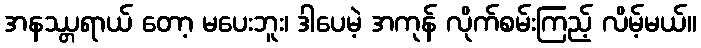
အနဿ္တရာယ် တော့ မပေးဘူး၊ ဒါပေမဲ့ အကုန် လိုက်စမ်းကြည့် လိမ့်မယ်။